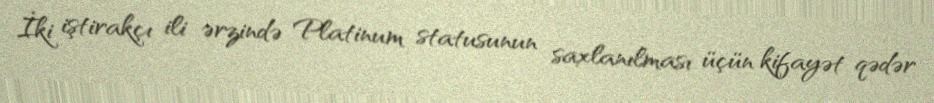
İki iştirakçı ili ərzində Platinum statusunun saxlanılması üçün kifayət qədər